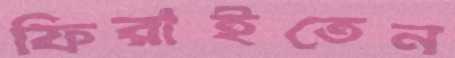
ফিরাইতেন